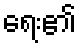
ရေး၏